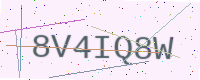
Text: 8V4IQ8W